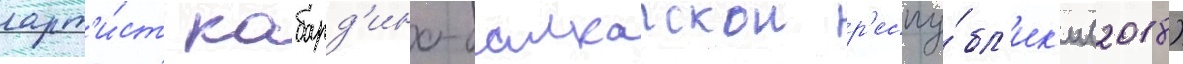
арт'и́ст кабард'ино-балкарскои р'еспу́бл'ик'и (2018)